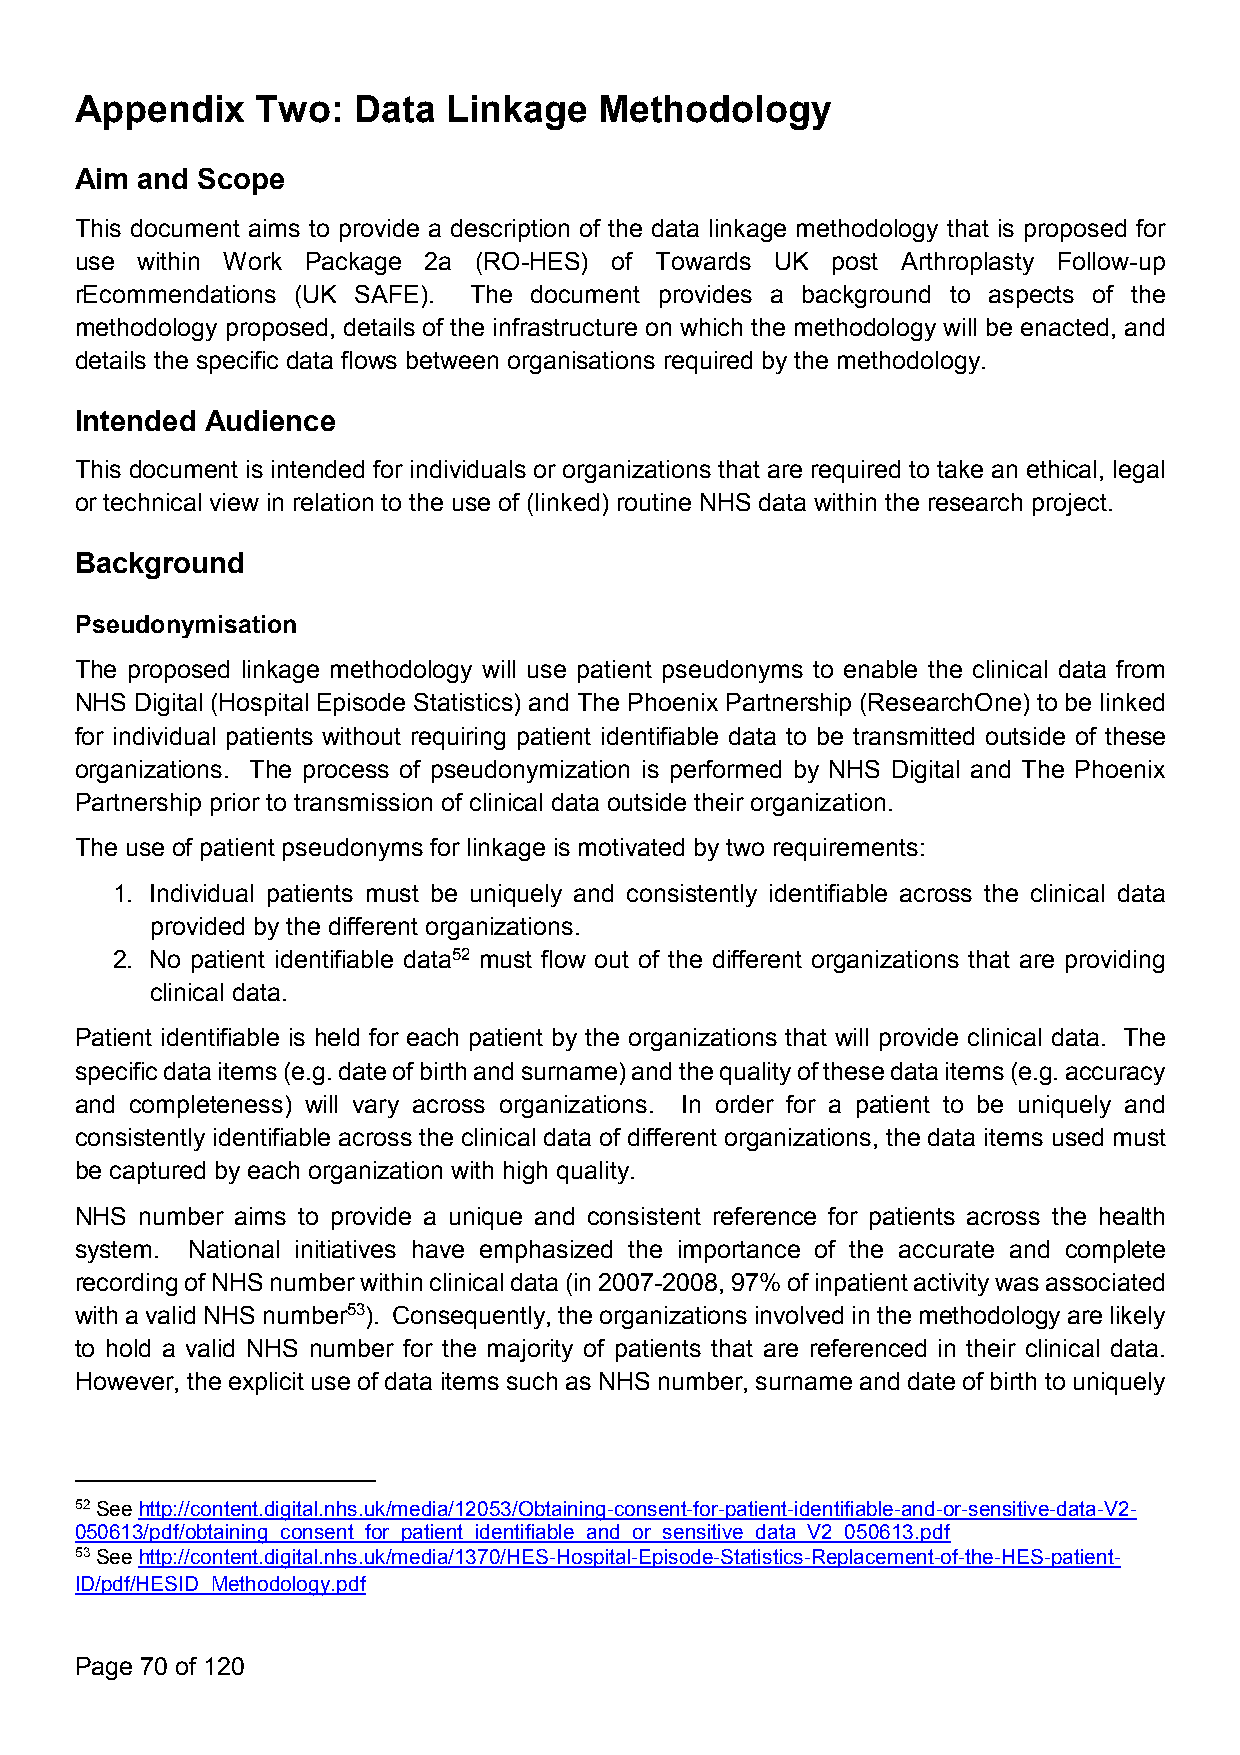
Appendix    Two:  Data   Linkage   Methodology
 Aim and Scope
 This document aims to provide a description of the data linkage methodology that is proposed for
 use within Work Package 2a (RO-HES) of Towards UK post Arthroplasty Follow-up
 rEcommendations (UK SAFE). The document provides a background to aspects of the
 methodology proposed, details of the infrastructure on which the methodology will be enacted, and
 details the specific data flows between organisations required by the methodology.
 Intended Audience
 This document is intended for individuals or organizations that are required to take an ethical, legal
 or technical view in relation to the use of (linked) routine NHS data within the research project.
 Background
 Pseudonymisation
 The proposed linkage methodology will use patient pseudonyms to enable the clinical data from
 NHS Digital (Hospital Episode Statistics) and The Phoenix Partnership (ResearchOne) to be linked
 for individual patients without requiring patient identifiable data to be transmitted outside of these
 organizations. The process of pseudonymization is performed by NHS Digital and The Phoenix
 Partnership prior to transmission of clinical data outside their organization.
 The use of patient pseudonyms for linkage is motivated by two requirements:
 1. Individual patients must be uniquely and consistently identifiable across the clinical data
 provided by the different organizations.
 2. No patient identifiable data52 must flow out of the different organizations that are providing
 clinical data.
 Patient identifiable is held for each patient by the organizations that will provide clinical data. The
 specificdataitems(e.g.dateofbirthandsurname)andthequalityofthesedataitems(e.g.accuracy
 and completeness) will vary across organizations. In order for a patient to be uniquely and
 consistently identifiable across the clinical data of different organizations, the data items used must
 be captured by each organization with high quality.
 NHS number aims to provide a unique and consistent reference for patients across the health
 system. National initiatives have emphasized the importance of the accurate and complete
 recordingofNHSnumberwithinclinicaldata(in2007-2008,97%ofinpatientactivitywasassociated
 with a valid NHSnumber53). Consequently, theorganizationsinvolved inthemethodologyare likely
 to hold a valid NHS number for the majority of patients that are referenced in their clinical data.
 However, the explicit use of data itemssuch as NHS number, surname and date of birth to uniquely
 52Seehttp://content.digital.nhs.uk/media/12053/Obtaining-consent-for-patient-identifiable-and-or-sensitive-data-V2-
 050613/pdf/obtaining_consent_for_patient_identifiable_and_or_sensitive_data_V2_050613.pdf
 53Seehttp://content.digital.nhs.uk/media/1370/HES-Hospital-Episode-Statistics-Replacement-of-the-HES-patient-
 ID/pdf/HESID_Methodology.pdf
 Page 70 of 120